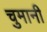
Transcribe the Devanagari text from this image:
चुमानी